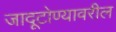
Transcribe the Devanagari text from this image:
जादूटोण्यावरील